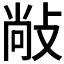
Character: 𰕋